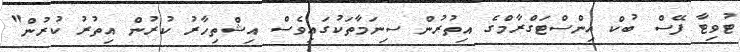
ޓުވިޓާ ފޭސް ބުކް އިންސްޓަގްރާމްގެ އިތުރުން ސިނަމާތަކުގައިވެސް އިޝްތިހާރު ކުރުން އިތުރު ކުރުން"